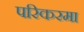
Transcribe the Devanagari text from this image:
परिकरमा